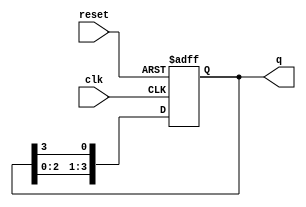
module ring_counter (
    input wire clk,        // Clock signal
    input wire reset,      // Asynchronous reset signal
    output reg [n-1:0] q   // Output state of the ring counter
);
    parameter n = 4;       // Number of flip-flops (bits in the ring counter)

    // Asynchronous reset and synchronous operation
    always @(posedge clk or posedge reset) begin
        if (reset) begin
            // Initialize the counter: only the first flip-flop is set to '1'
            q <= 1'b1; // Set the first flip-flop to '1'
        end else begin
            // Shift the '1' through the flip-flops
            q <= {q[n-2:0], q[n-1]}; // Shift left and wrap around
        end
    end
endmodule